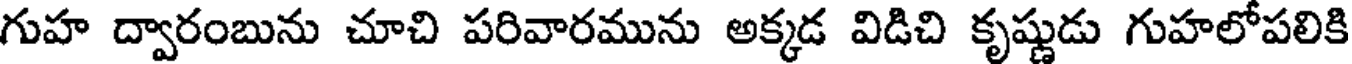
గుహ ద్వారంబును చూచి పరివారమును అక్కడ విడిచి కృష్ణుడు గుహలోపలికి